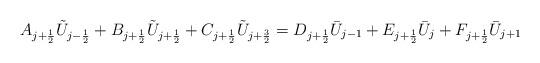
LaTeX: \begin{align*} A_{j+\frac{1}{2}}\tilde{U}_{j-\frac{1}{2}}+ B_{j+\frac{1}{2}}\tilde{U}_{j+\frac{1}{2}}+ C_{j+\frac{1}{2}}\tilde{U}_{j+\frac{3}{2}}= D_{j+\frac{1}{2}}\bar{U}_{j-1}+ E_{j+\frac{1}{2}}\bar{U}_{j}+ F_{j+\frac{1}{2}}\bar{U}_{j+1}\end{align*}